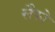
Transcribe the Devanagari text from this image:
सैफो